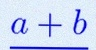
\frac{a+b}{c+d}